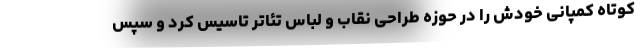
کوتاه کمپانی خودش را در حوزه طراحی نقاب و لباس تئاتر تاسیس کرد و سپس